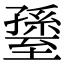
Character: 𦥊